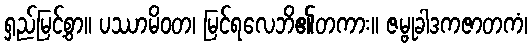
ရှည်မြင့်စွာ။ ပဿာမိဝတ၊ မြင်ရလေဘိ၏တကား။ ဇမ္ဗုခါဒကဇာတကံ၊